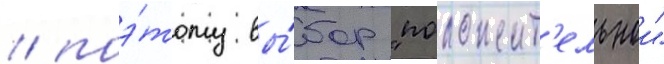
/ поэ́тому вы́бор "положит'ельнои"